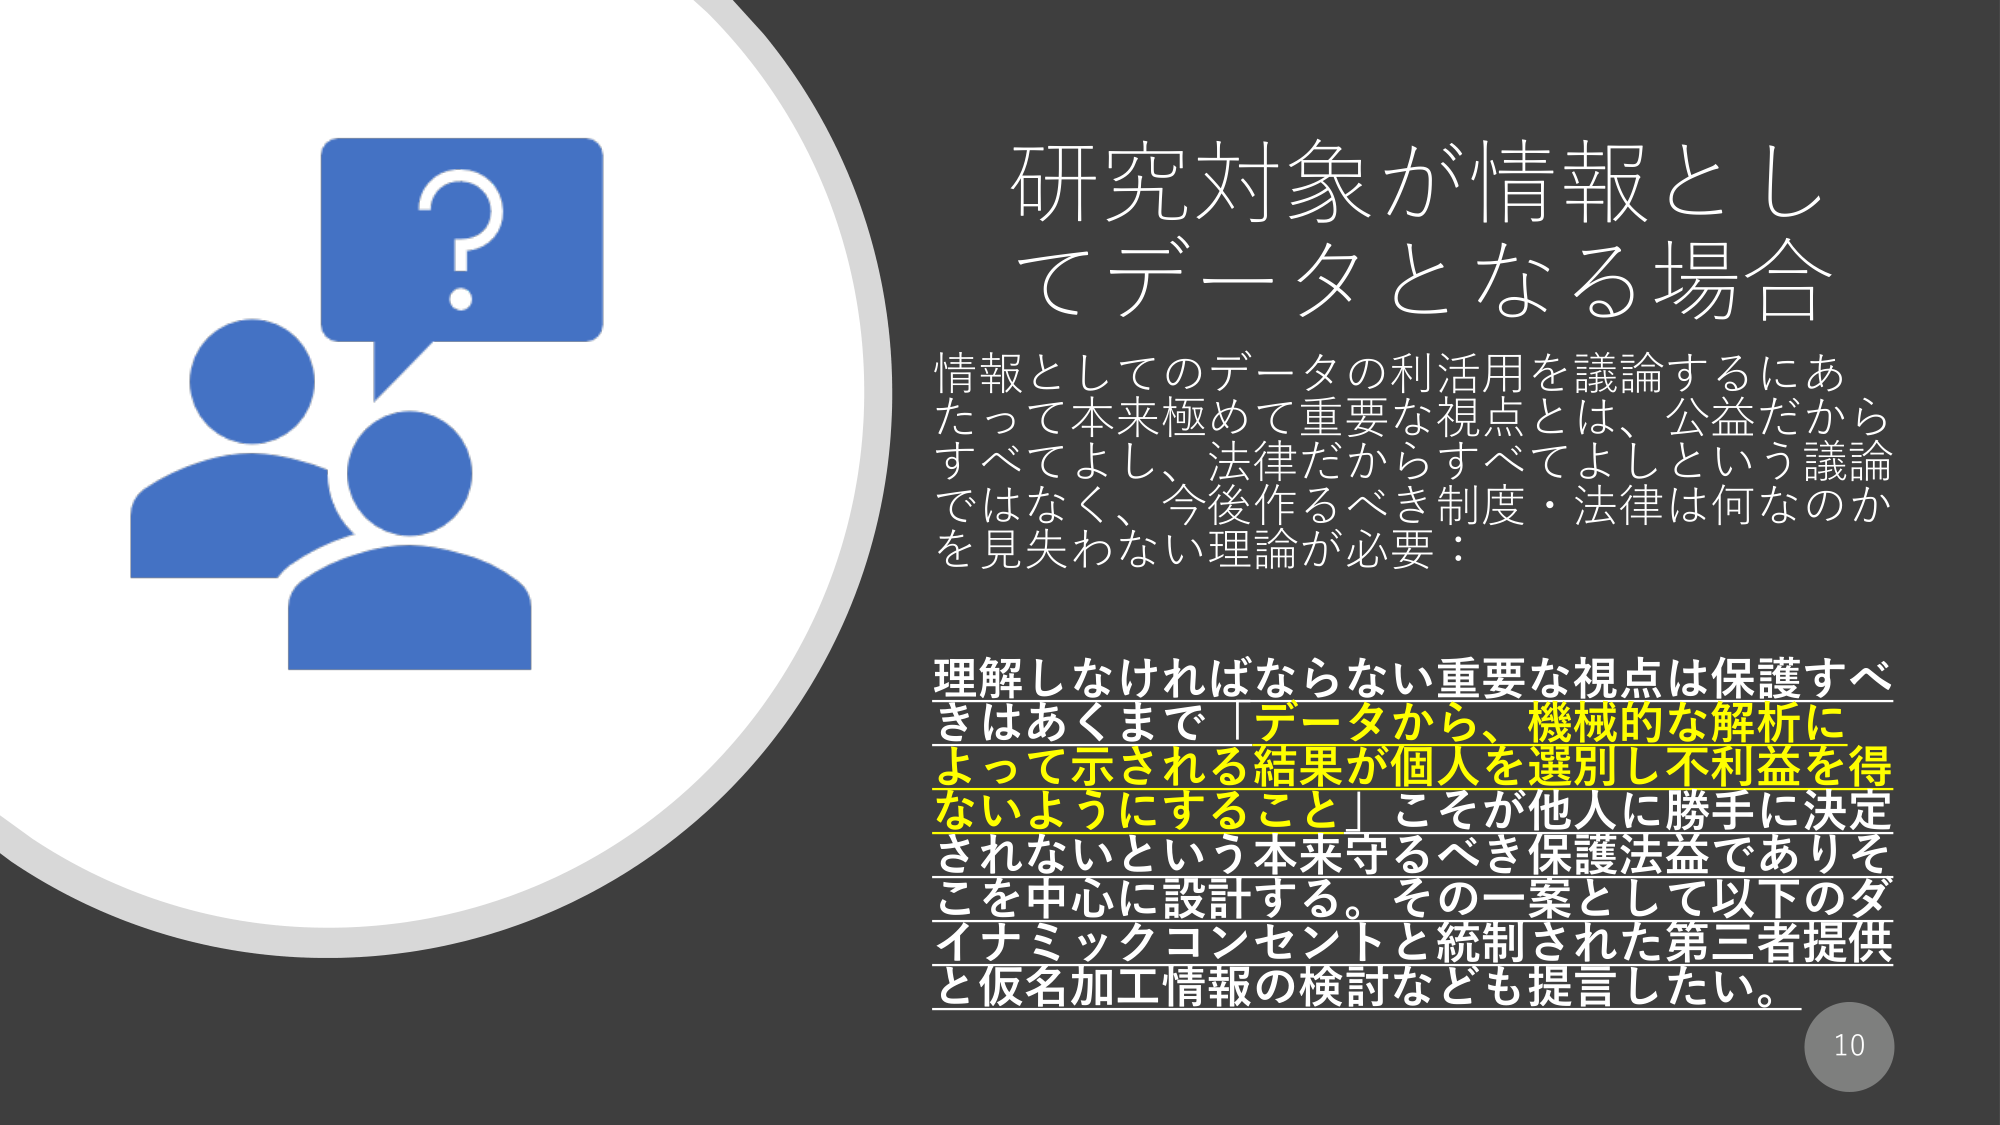
研究対象が情報としてデータとなる場合

情報としてのデータの利活用を議論するにあたって本来極めて重要な視点とは、公益だからすべてよし、法律だからすべてよしという議論ではなく、今後作るべき制度・法律は何なのかを見失わない理論が必要：

理解しなければならない重要な視点は保護すべきはあくまで「データから、機械的な解析によって示される結果が個人を選別し不利益を得ないようにすること」こそが他人に勝手に決定されないという本来守るべき保護法益でありそこを中心に設計する。その一案として以下のダイナミックコンセントと統制された第三者提供と仮名加工情報の検討なども提言したい。

10